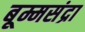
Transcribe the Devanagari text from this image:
बूम्मसंद्रा